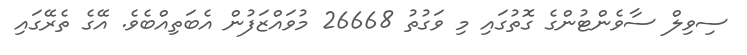
ސިވިލް ސާވެންޓުންގެ ގޮތުގައި މި ވަގުތު 26668 މުވައްޒަފުން އެބަތިއްބެވެ. އޭގެ ތެރޭގައި